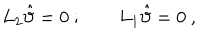
LaTeX: L _ { 2 } \hat { \vartheta } = 0 \ ; \qquad L _ { 1 } \hat { \vartheta } = 0 \ ,